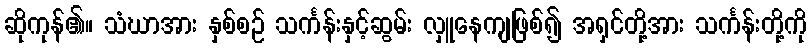
ဆိုကုန်၏။ သံဃာအား နှစ်စဉ် သင်္ကန်းနှင့်ဆွမ်း လှူနေကျဖြစ်၍ အရှင်တို့အား သင်္ကန်းတို့ကို